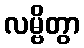
လမ္ဗိတွာ